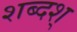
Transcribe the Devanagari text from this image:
शब्दश्